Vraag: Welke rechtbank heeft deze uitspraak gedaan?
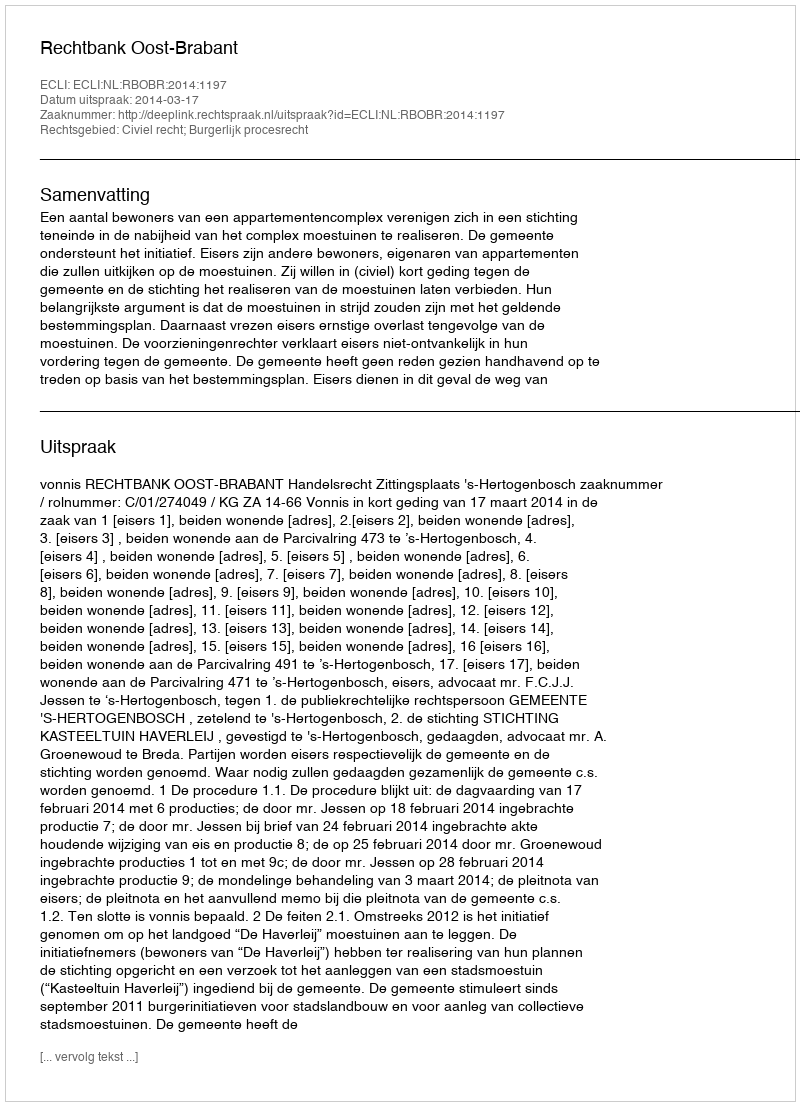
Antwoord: Rechtbank Oost-Brabant